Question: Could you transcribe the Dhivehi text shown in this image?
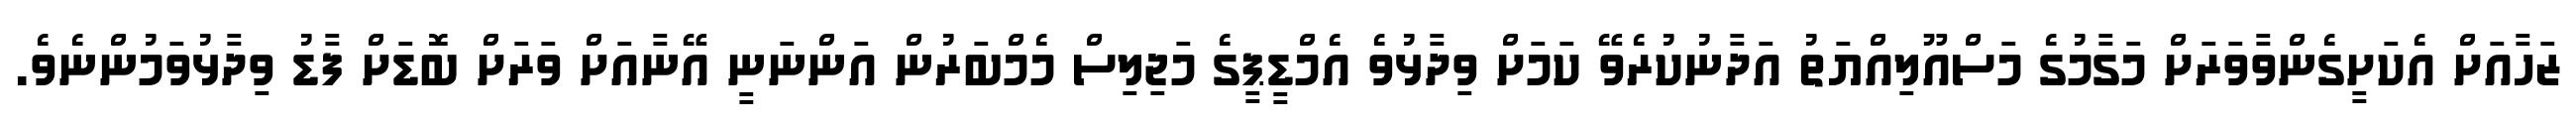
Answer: ޒަހާއަށް އެކަށީގެންވާވަރަށް މަގާމުގެ މަސްއޫލިއްޔަތު އަދާނުކުރެވޭ ކަމަށް ވިދާޅުވެ އެމްޑީޕީގެ މަޖިލިސް މެމްބަރުން އަންނަނީ އޭނާއަށް ވަރަށް ބޮޑަށް ފާޑު ވިދާޅުވަމުންނެވެ.